画像に写った文字を読んでください
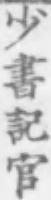
「少書記官」と書いてあります